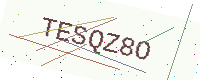
Text: TESQZ8O